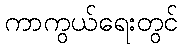
ကာကွယ်ရေးတွင်